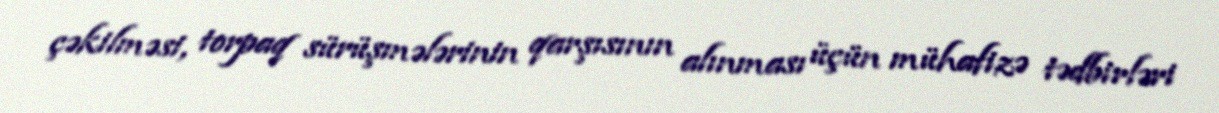
çəkilməsi, torpaq sürüşmələrinin qarşısının alınması üçün mühafizə tədbirləri